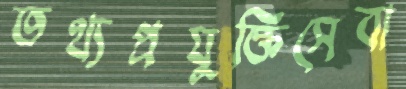
তথ্যপ্রযুক্তিসেবা